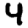
Digit: 4